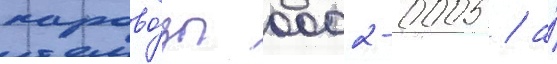
парово́зы 0002-0005 / а́